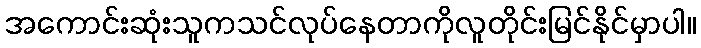
အကောင်းဆုံးသူကသင်လုပ်နေတာကိုလူတိုင်းမြင်နိုင်မှာပါ။